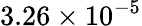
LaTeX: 3.26\times 10^{-5}